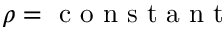
\rho = \mathrm { ~ c ~ o ~ n ~ s ~ t ~ a ~ n ~ t ~ }